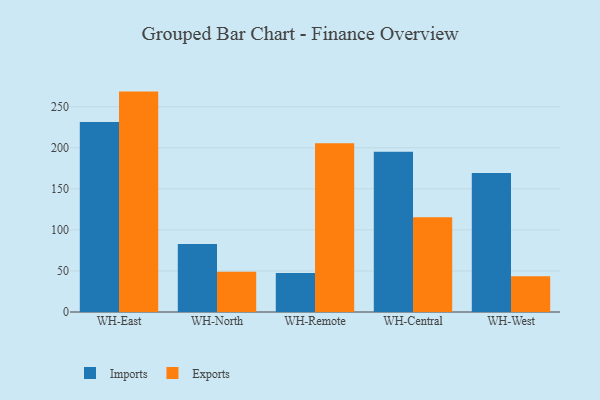
{"axis": {"x": "Warehouse", "y": "Backlog"}, "legend": ["Exports", "Imports"], "data": [{"x": "WH-East", "y": 231.5, "type": "Imports"}, {"x": "WH-East", "y": 268.4, "type": "Exports"}, {"x": "WH-North", "y": 82.9, "type": "Imports"}, {"x": "WH-North", "y": 49.0, "type": "Exports"}, {"x": "WH-Remote", "y": 47.6, "type": "Imports"}, {"x": "WH-Remote", "y": 205.6, "type": "Exports"}, {"x": "WH-Central", "y": 195.0, "type": "Imports"}, {"x": "WH-Central", "y": 115.3, "type": "Exports"}, {"x": "WH-West", "y": 169.3, "type": "Imports"}, {"x": "WH-West", "y": 43.6, "type": "Exports"}]}